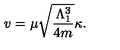
v = \mu \sqrt { \frac { \Lambda _ { 1 } ^ { 3 } } { 4 m } } \kappa .